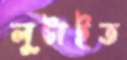
লুটাইত